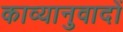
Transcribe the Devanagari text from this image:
काव्यानुवादों